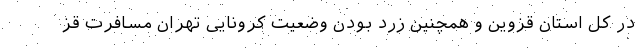
در کل استان قزوین و همچنین زرد بودن وضعیت کرونایی تهران مسافرت قز